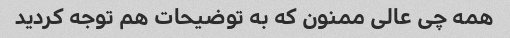
همه چی عالی ممنون که به توضیحات هم توجه کردید